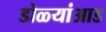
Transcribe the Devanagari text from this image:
डोळ्यांआड